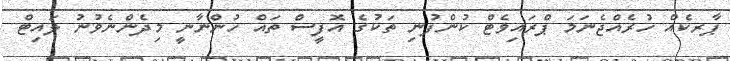
ޕާރކެއް ހުރެއްޖެނަމަ ޕްރައިވެޓް ކުންފުނި ތަކުގެ އޮފީސް ތައް ހުންނާނީ މިދެންނެވުނު ލައިޓް